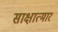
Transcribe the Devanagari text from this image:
साक्षात्मार